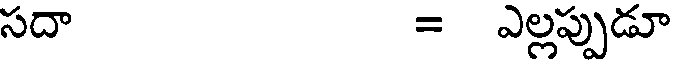
సదా = ఎల్లప్పుడూ